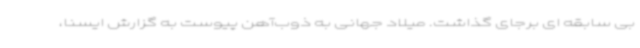
بی سابقه ای برجای گذاشت. میلاد جهانی به ذوب‌آهن پیوست به گزارش ایسنا،